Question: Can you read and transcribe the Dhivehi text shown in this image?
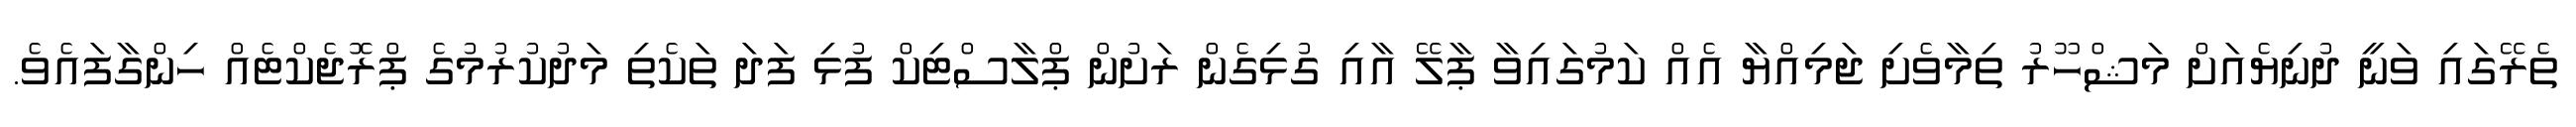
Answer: ތެރޭގައި ވަނީ ދުނިޔެއަށް މަޝްހޫރު ތިމާވެށި ޖަމިއްޔާ އެއް ކަމުގައިވާ ޕާލޭ އާއި ގުޅިގެން ރަށުން ޕްލާސްޓިކް ފުޅި ފަދަ ތަކެތި މަދުކުރުމުގެ ޕްރޮޖެކްޓެއް ހިންގާފައެވެ.